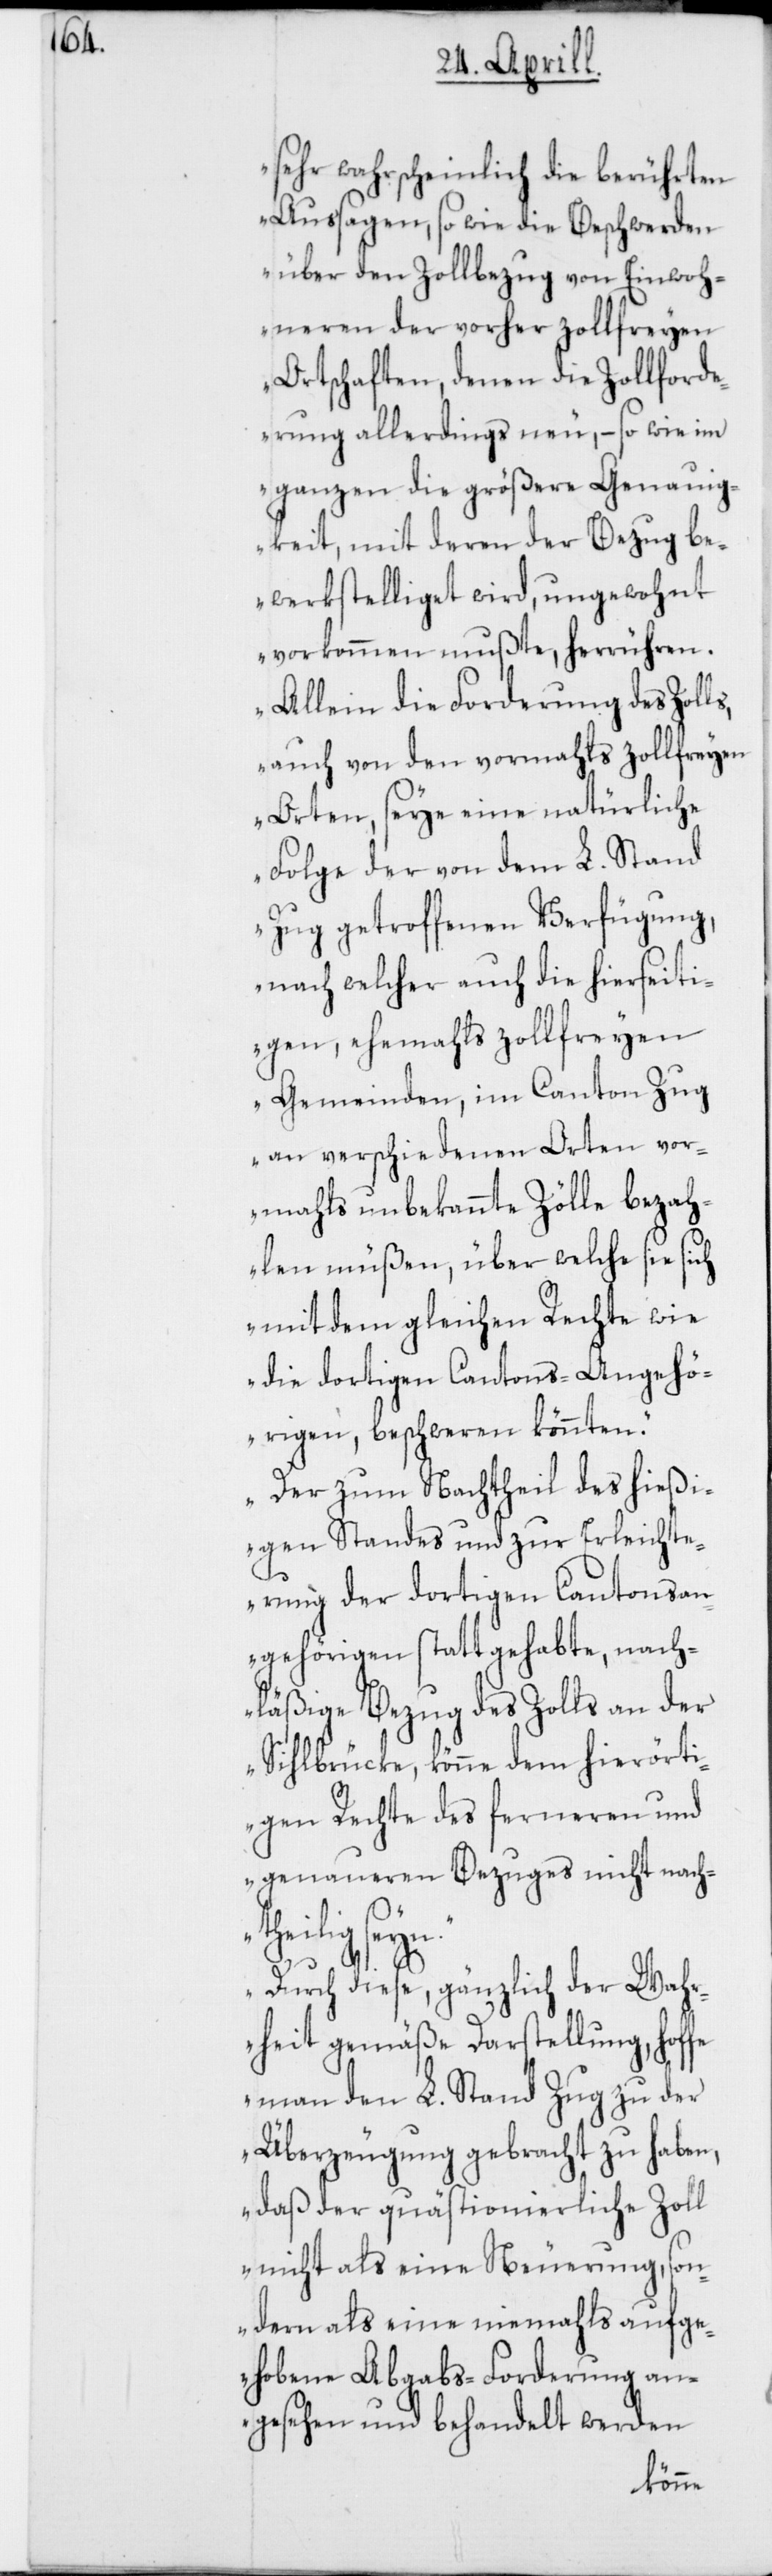
sehr wahrscheinlich die berührten
Außagen, sowie die Beschwerden
über den Zollbezug von Einwoh¬
neren der vorher zollfreyen
Ortschaften, denen die Zollforde¬
rung allerdings neu, – so wie im
Ganzen die größere Genauig¬
keit, mit deren der Bezug be¬
werkstelliget wird, ungewohnt
vorkommen mußte, herrühren.
Allein die Forderung des Zoll¬
auch von den vormahls zollfreyen
Orten, seye eine natürliche
Folge der von dem L. Stand
Zug getroffenen Verfügung,
nach welcher auch die hierseiti¬
gen, ehemahls zollfreyen
Gemeinden, im Canton Zug
an verschiedenen Orten vor¬
mahls unbekannte Zölle bezah¬
len müßen, über welche sie sich
mit dem gleichen Rechte wie
die dortigen Cantons-Angehö¬
rigen beschweren könnten.
Der zum Nachtheil des hießi¬
gen Standes und zur Erleichte¬
rung der dortigen Cantonsan¬
gehörigen statt gehabte, nach¬
läßige Bezug des Zolls an der
Sihlbrücke, könne dem hierörti¬
gen Rechte des ferneren und
genaueren Bezuges nicht nach¬
theilig seyn.
s,
Durch diese, gänzlich der Wah¬
rheit gemäße Darstellung, hoffe
man den L. Stand Zug zu der
Überzeugung gebracht zu haben,
daß der quästionierliche Zoll
nicht als eine Neuerung, son¬
dern als eine niemahls aufge¬
hobene Abgabs-Forderung an¬
gesehen und behandelt werden